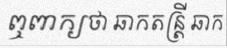
ឮពាក្យថា ឆាកតន្ត្រី ឆាក